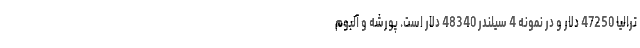
ترالیا 47250 دلار و در نمونه 4 سیلندر 48340 دلار است. پورشه و آلبوم